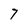
Character: 7